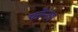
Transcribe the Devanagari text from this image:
फोन्टस